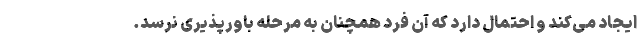
ایجاد می‌کند و احتمال دارد که آن فرد همچنان به مرحله باورپذیری نرسد.